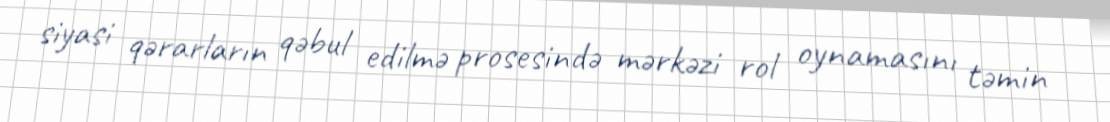
siyasi qərarların qəbul edilmə prosesində mərkəzi rol oynamasını təmin